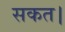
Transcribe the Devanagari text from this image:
सकत।